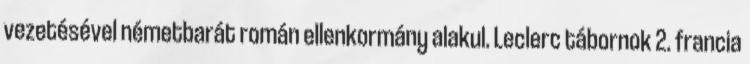
vezetésével németbarát román ellenkormány alakul. Leclerc tábornok 2. francia